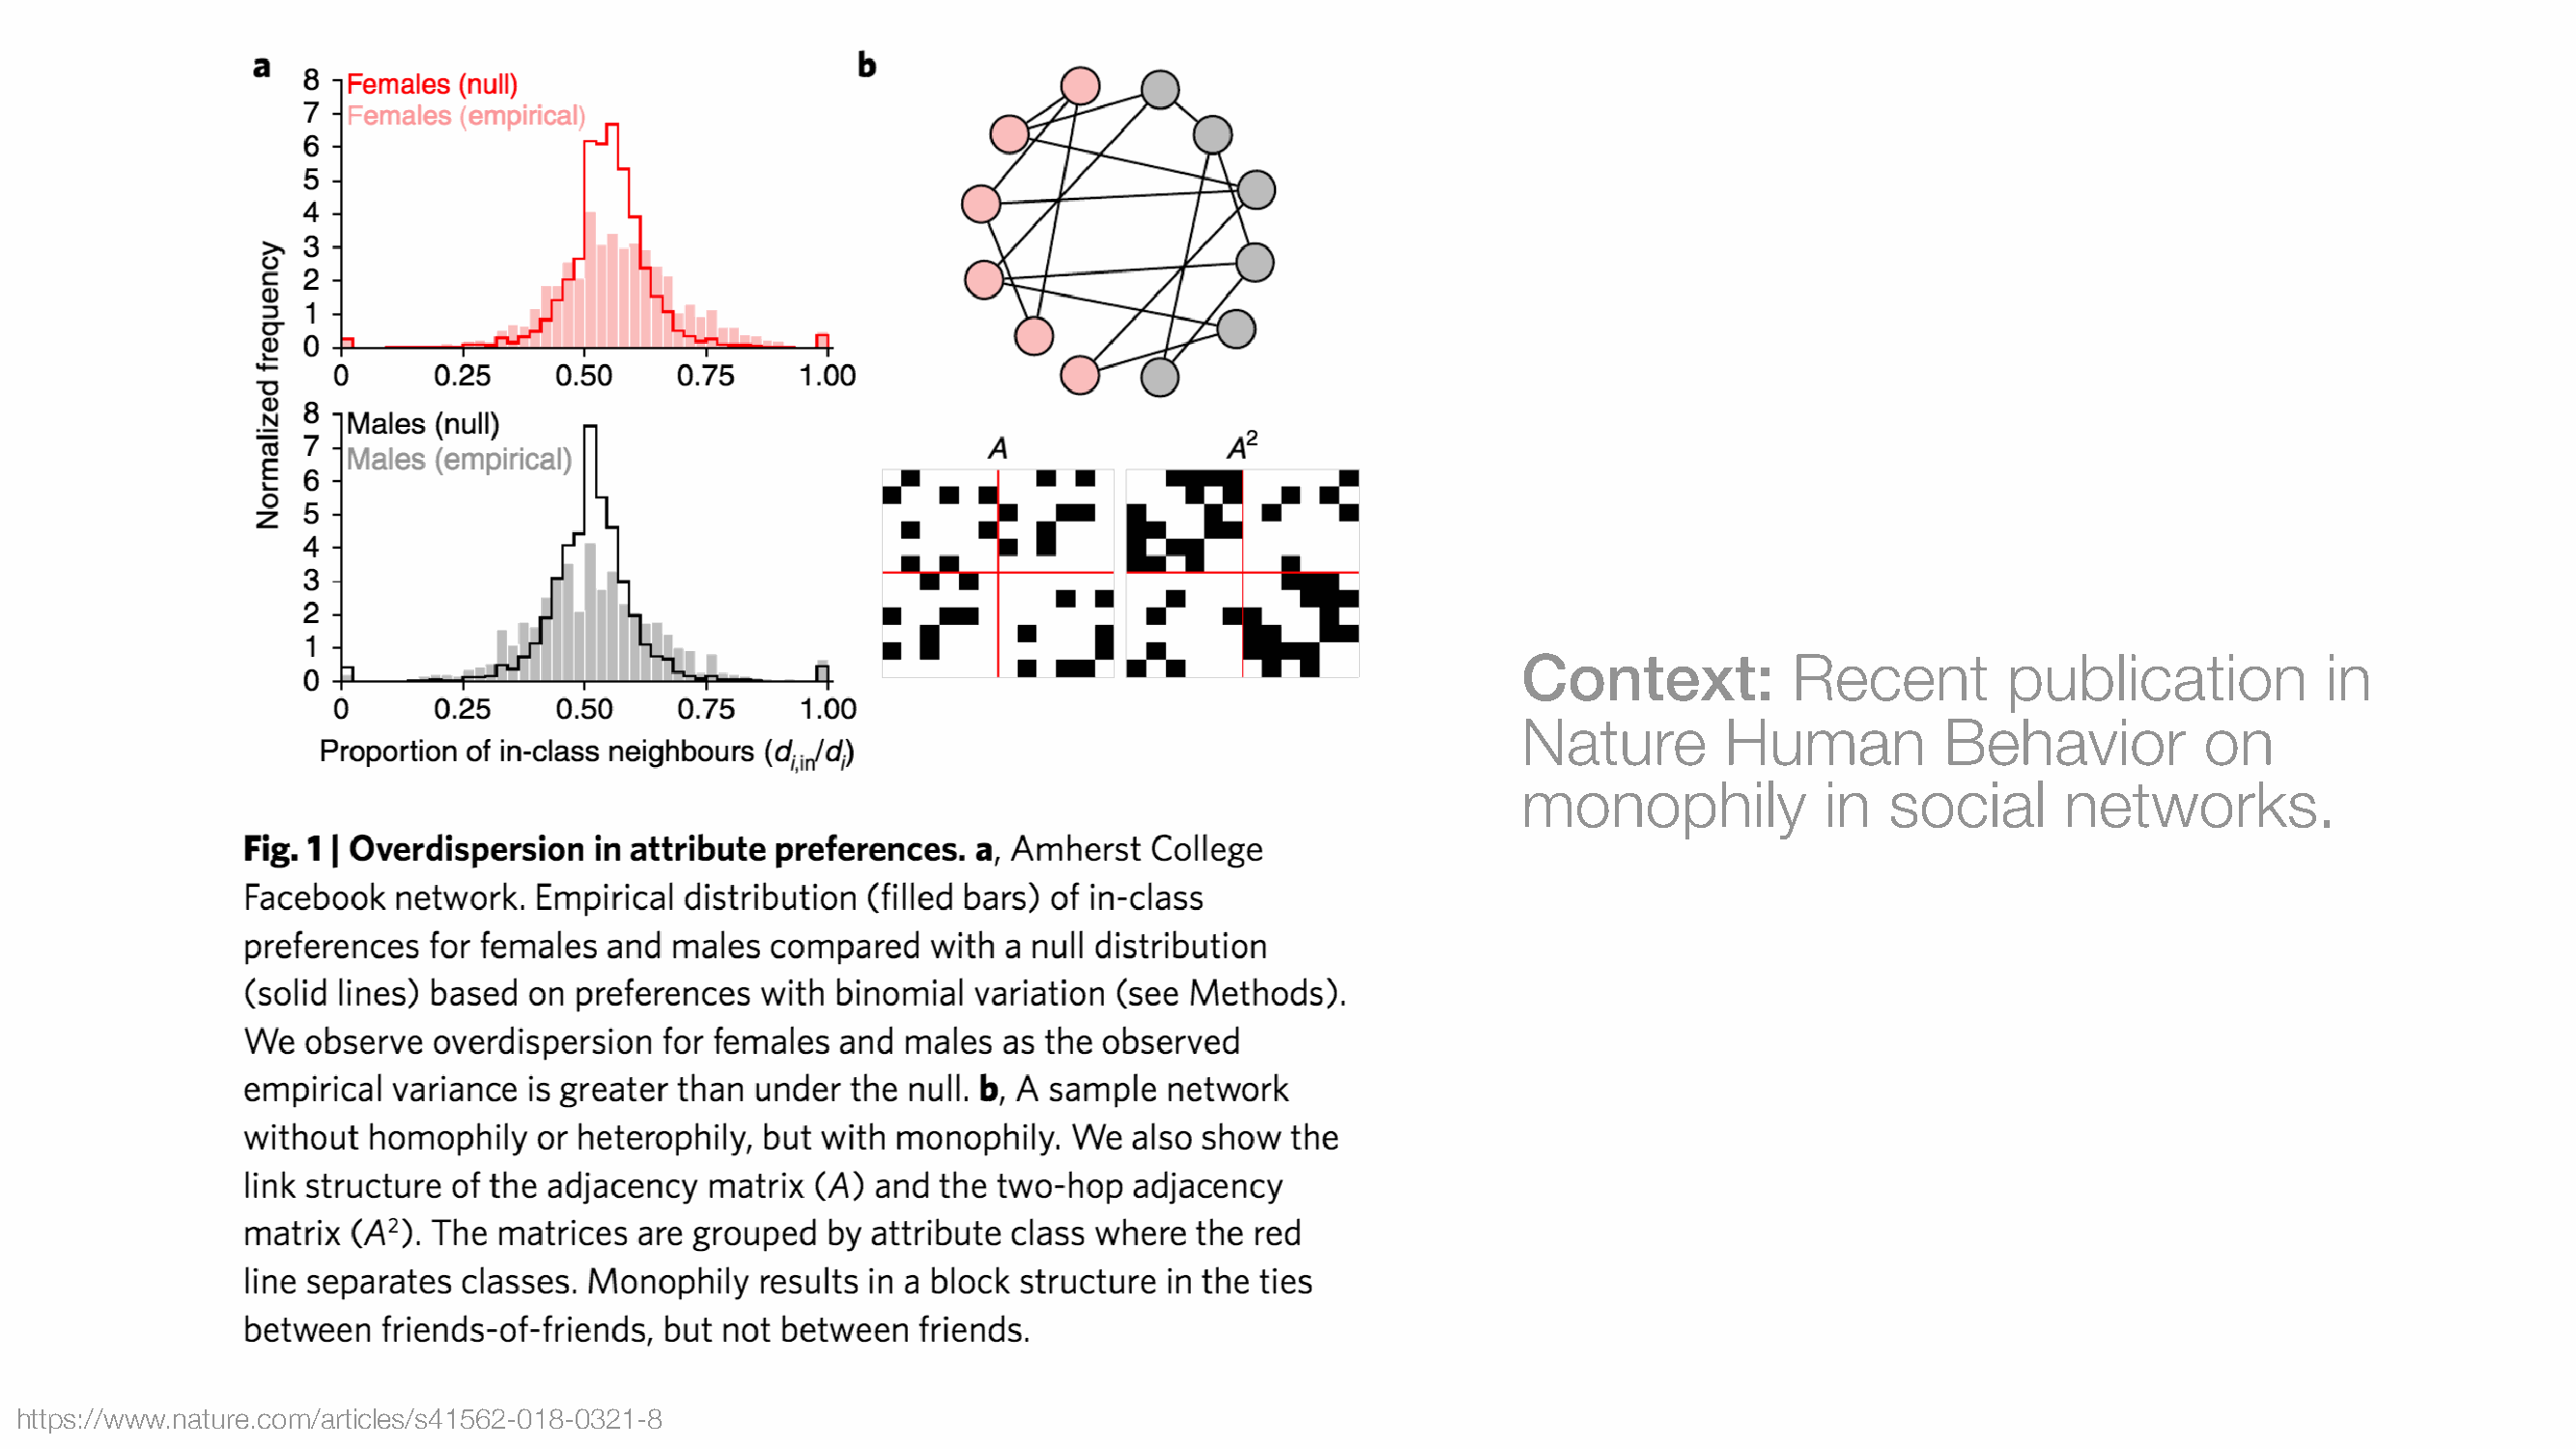
Context:           Recent         publication          in
 Nature        Human          Behavior          on
 monophily            in  social      networks.
 https://www.nature.com/articles/s41562-018-0321-8